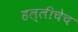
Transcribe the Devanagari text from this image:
हल्लीचेच